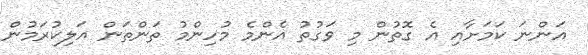
އަންނަ ކަމަށާއި އެ ގޮތުން މި ވަގުތު އެންމެ މުހިންމު ތަންތަން އަލިކުރަމުން